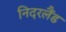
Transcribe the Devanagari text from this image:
निदरलैंड